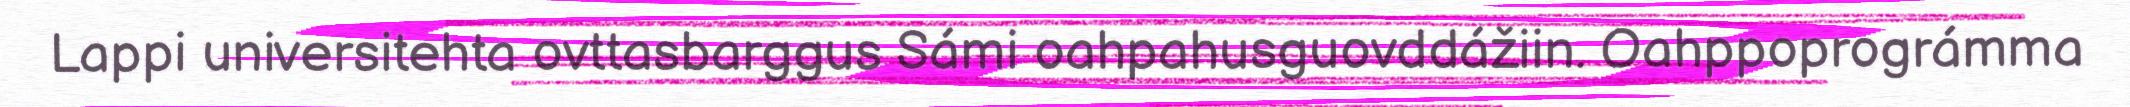
Lappi universitehta ovttasbarggus Sámi oahpahusguovddážiin. Oahppoprográmma